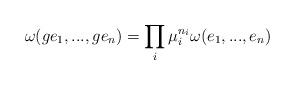
LaTeX: \begin{align*}\omega (g e_1,...,ge_n)=\prod_i \mu_i^{n_i} \omega (e_1,...,e_n)\end{align*}